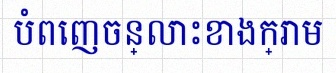
បំពេញចន្លោះខាងក្រោម